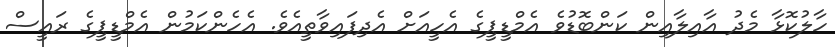
ހާލުކޮޅާ މެދު އާއިލާއިން ކަންބޮޑުވެ އެމްޑީޕީގެ އެހީއަށް އެދިފައިވާތީއެވެ. އެހެންކަމުން އެމްޑީޕީގެ ރައީސް